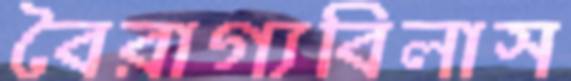
বৈরাগ্যবিলাস